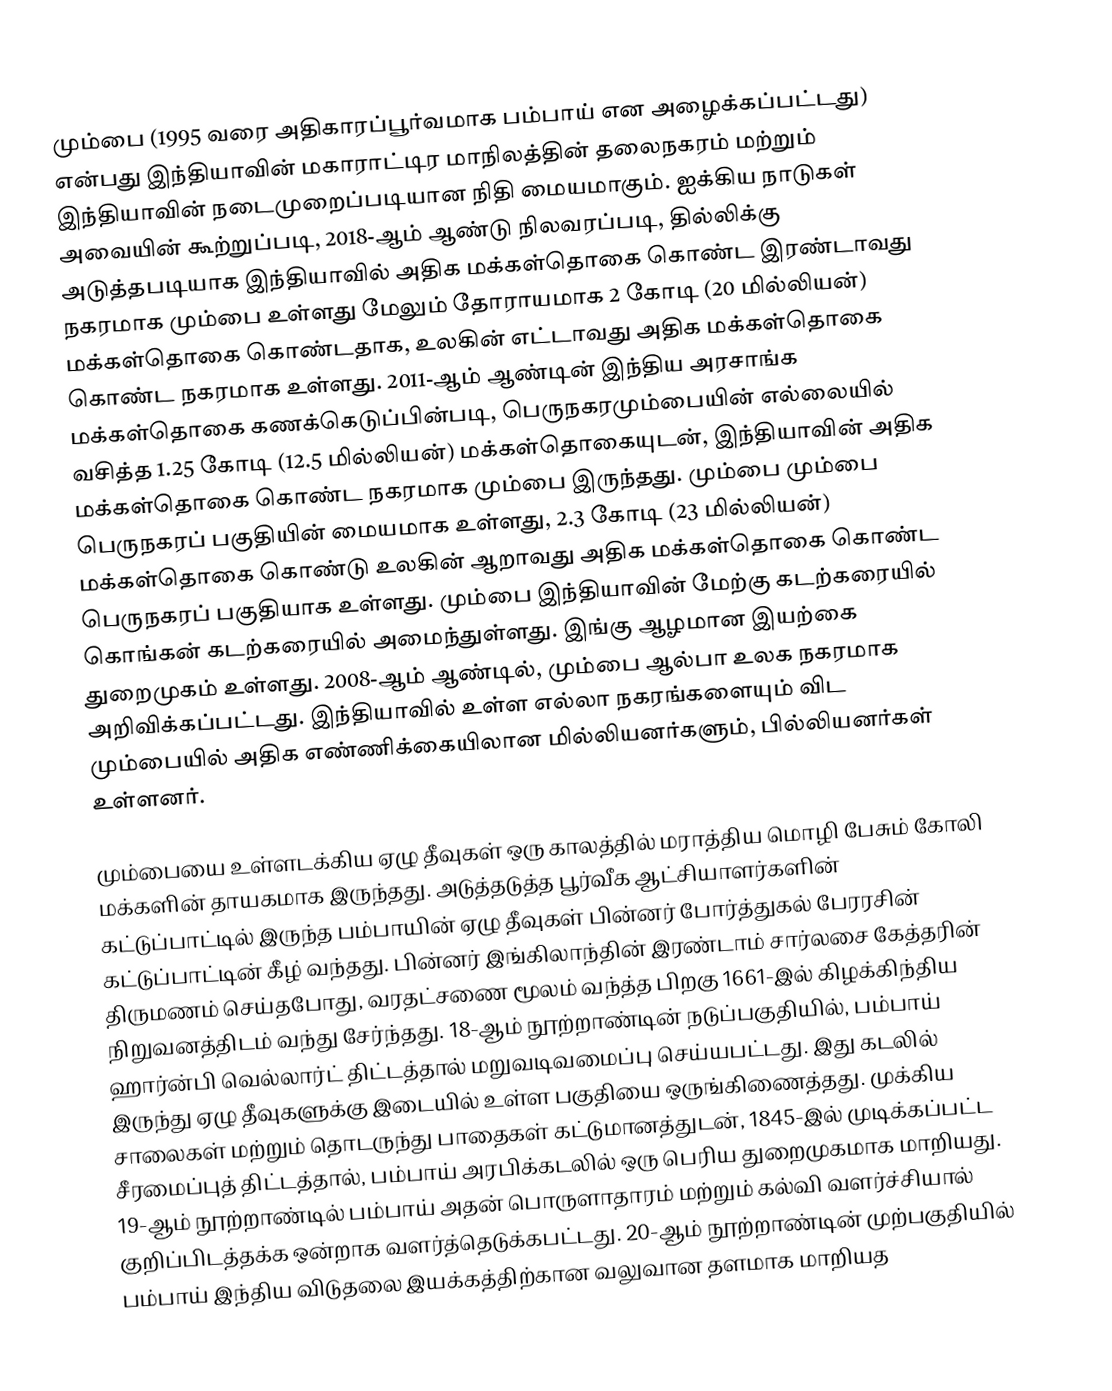
மும்பை (1995 வரை அதிகாரப்பூர்வமாக பம்பாய் என அழைக்கப்பட்டது) என்பது இந்தியாவின் மகாராட்டிர மாநிலத்தின் தலைநகரம் மற்றும் இந்தியாவின் நடைமுறைப்படியான நிதி மையமாகும். ஐக்கிய நாடுகள் அவையின் கூற்றுப்படி, 2018-ஆம் ஆண்டு நிலவரப்படி, தில்லிக்கு அடுத்தபடியாக இந்தியாவில் அதிக மக்கள்தொகை கொண்ட இரண்டாவது நகரமாக மும்பை உள்ளது மேலும் தோராயமாக 2 கோடி (20 மில்லியன்) மக்கள்தொகை கொண்டதாக, உலகின் எட்டாவது அதிக மக்கள்தொகை கொண்ட நகரமாக உள்ளது.  2011-ஆம் ஆண்டின் இந்திய அரசாங்க மக்கள்தொகை கணக்கெடுப்பின்படி, பெருநகரமும்பையின் எல்லையில்  வசித்த 1.25 கோடி (12.5 மில்லியன்) மக்கள்தொகையுடன், இந்தியாவின் அதிக மக்கள்தொகை கொண்ட நகரமாக மும்பை இருந்தது. மும்பை மும்பை பெருநகரப் பகுதியின் மையமாக உள்ளது, 2.3 கோடி (23 மில்லியன்) மக்கள்தொகை கொண்டு உலகின் ஆறாவது அதிக மக்கள்தொகை கொண்ட பெருநகரப் பகுதியாக உள்ளது. மும்பை இந்தியாவின் மேற்கு கடற்கரையில் கொங்கன் கடற்கரையில் அமைந்துள்ளது. இங்கு  ஆழமான இயற்கை துறைமுகம் உள்ளது. 2008-ஆம் ஆண்டில், மும்பை ஆல்பா உலக நகரமாக அறிவிக்கப்பட்டது. இந்தியாவில் உள்ள எல்லா நகரங்களையும் விட மும்பையில் அதிக எண்ணிக்கையிலான மில்லியனர்களும், பில்லியனர்கள் உள்ளனர்.

மும்பையை உள்ளடக்கிய ஏழு தீவுகள் ஒரு காலத்தில் மராத்திய மொழி பேசும் கோலி மக்களின் தாயகமாக இருந்தது.  அடுத்தடுத்த பூர்வீக ஆட்சியாளர்களின் கட்டுப்பாட்டில் இருந்த  பம்பாயின் ஏழு தீவுகள் பின்னர் போர்த்துகல் பேரரசின் கட்டுப்பாட்டின் கீழ் வந்தது. பின்னர் இங்கிலாந்தின் இரண்டாம் சார்லசை கேத்தரின்  திருமணம் செய்தபோது,  வரதட்சணை மூலம் வந்த்த பிறகு 1661-இல் கிழக்கிந்திய நிறுவனத்திடம் வந்து சேர்ந்தது.  18-ஆம் நூற்றாண்டின் நடுப்பகுதியில், பம்பாய் ஹார்ன்பி வெல்லார்ட் திட்டத்தால் மறுவடிவமைப்பு செய்யபட்டது. இது கடலில் இருந்து ஏழு தீவுகளுக்கு இடையில் உள்ள பகுதியை ஒருங்கிணைத்தது.  முக்கிய சாலைகள் மற்றும் தொடருந்து பாதைகள் கட்டுமானத்துடன், 1845-இல் முடிக்கப்பட்ட சீரமைப்புத் திட்டத்தால், பம்பாய் அரபிக்கடலில் ஒரு பெரிய துறைமுகமாக மாறியது. 19-ஆம் நூற்றாண்டில் பம்பாய் அதன் பொருளாதாரம் மற்றும் கல்வி வளர்ச்சியால் குறிப்பிடத்தக்க ஒன்றாக வளர்த்தெடுக்கபட்டது.  20-ஆம் நூற்றாண்டின் முற்பகுதியில் பம்பாய் இந்திய விடுதலை இயக்கத்திற்கான வலுவான தளமாக மாறியத